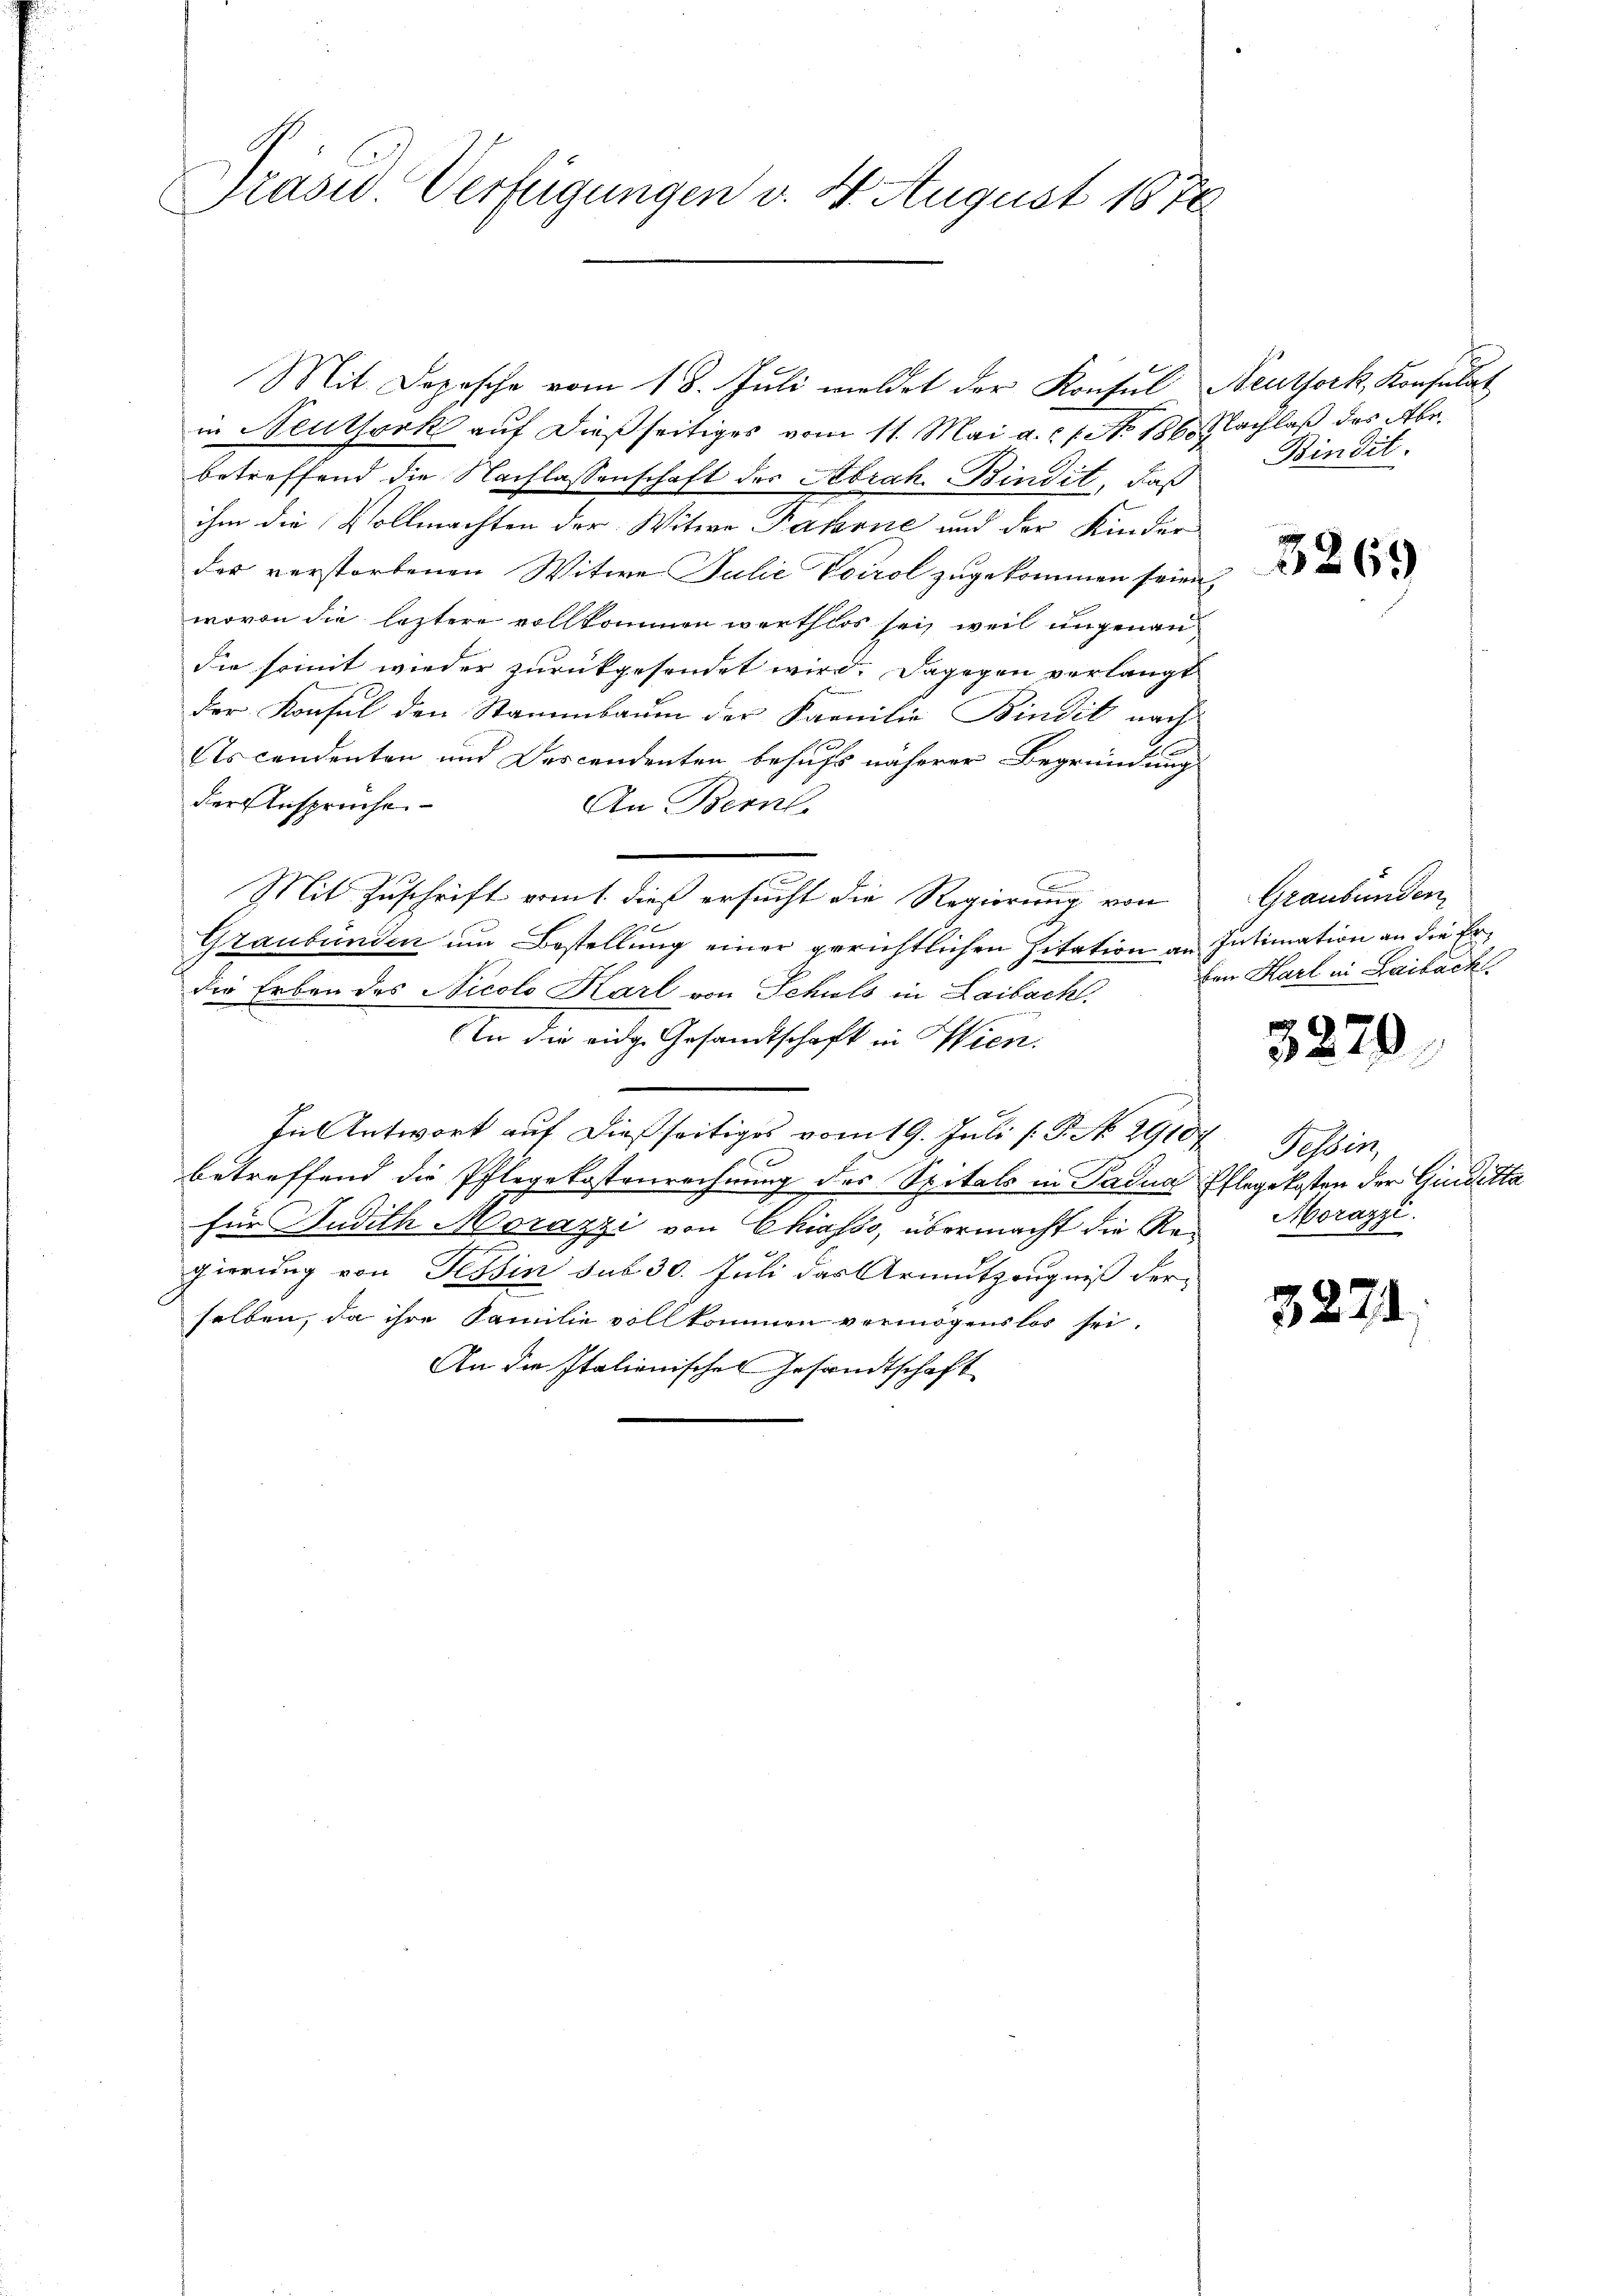
Präsid. Verfügungen v. 4. August 1870

Mit Depesche vom 18. Jŭli meldet der Konsŭl Neuthork, Konsulat
in Neuthork auf dießseitiges vom 11. Mai a. c. 1. No. 186. Nachlaß des Abr
betreffend die Nachlassenschaft der Abrah. Bindit, daß
ihm die Vollmachten der Witwe Fahrne und der Kinder
der verstorbenen Witwe Julić Voirol zugekommen seien,
wovon die letztere vollkommen werthlos sei, weil ungenau
die somit wieder zurückgesendet wird. Dagegen verlangt
der Konsul den Stammbaum der Familie Bindit nach
scendenten und Descendenten behufs näherer Begründung
der Ansprüche
An Bernl
Mit Zuschrift vom 1. dieß ersucht die Regierung von
Graubünden um Bestellung einer gerichtlichen Zitation an Intimation an die Erdie Erben des Nicolo Karl von Schuls in Laibach.
An die eidg. Gesandtschaft in Wien.
In Antwort auf dießseitiges vom 19. Juli (: P. No. 29107. Tessin,
betreffend die Pflegekostenrechnung des Spitals in Padua Pflegekosten der Giudikta
für Judith Morazzi von Chiasso, übermacht die Re- Morazzi.
gierung von Tessin sub 30. Juli das Armutzeugniß der
selben, da ihre Familie vollkommen vermögenslos sei.
An die Italienisches Gesandtschaft

Bindil.

3269

Graubünden
von Karl in Laibach

32

32

70